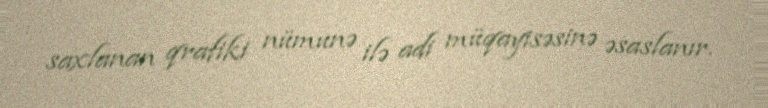
saxlanan qrafiki nümunə ilə adi müqayisəsinə əsaslanır.